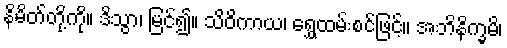
နိမိတ်တို့ကို။ ဒိသွာ၊ မြင်၍။ သိဝိကာယ၊ ရွှေထမ်းစင်ဖြင့်။ အဘိနိက္ခမိ၊